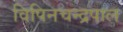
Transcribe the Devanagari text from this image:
विपिनचन्द्रपाल